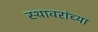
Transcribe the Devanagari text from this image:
स्थावरांच्या